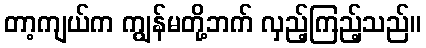
တာ့ကျယ်က ကျွန်မတို့ဘက် လှည့်ကြည့်သည်။